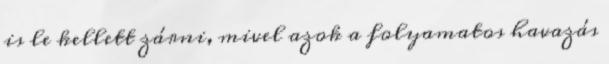
is le kellett zárni, mivel azok a folyamatos havazás